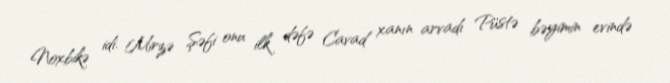
Noxbikə idi. Mirzə Şəfi onu ilk dəfə Cavad xanın arvadı Püstə bəyimin evində